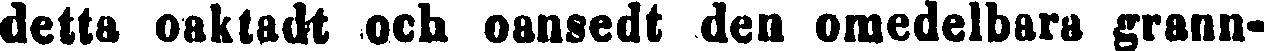
detta oaktadt och oansedt den omedelbara grann-